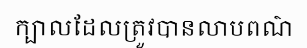
ក្បាលដែលត្រួវបានលាបពណ៌